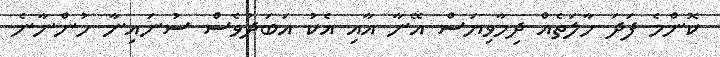
ކޮންމެ ފަދަ ހާލަތެއް ދިމާވިޔަސް އޭނާ އާއި އެކު އަބަދުވެސް ސުނައިނާ ހުންނާނެ